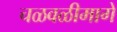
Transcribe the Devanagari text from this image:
चळवळीमागे